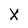
Character: X